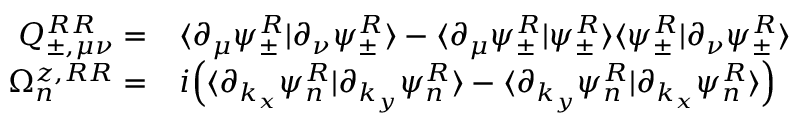
\begin{array} { r l } { Q _ { \pm , \mu \nu } ^ { R R } = } & { \langle \partial _ { \mu } \psi _ { \pm } ^ { R } | \partial _ { \nu } \psi _ { \pm } ^ { R } \rangle - \langle \partial _ { \mu } \psi _ { \pm } ^ { R } | \psi _ { \pm } ^ { R } \rangle \langle \psi _ { \pm } ^ { R } | \partial _ { \nu } \psi _ { \pm } ^ { R } \rangle } \\ { \Omega _ { n } ^ { z , R R } = } & { i \Big ( \langle \partial _ { k _ { x } } \psi _ { n } ^ { R } | \partial _ { k _ { y } } \psi _ { n } ^ { R } \rangle - \langle \partial _ { k _ { y } } \psi _ { n } ^ { R } | \partial _ { k _ { x } } \psi _ { n } ^ { R } \rangle \Big ) } \end{array}